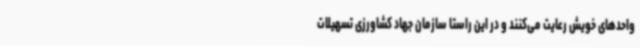
واحدهای خویش رعایت می‌کنند و در این راستا سازمان جهاد کشاورزی تسهیلات